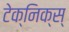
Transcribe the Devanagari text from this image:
टेक्निक्स्